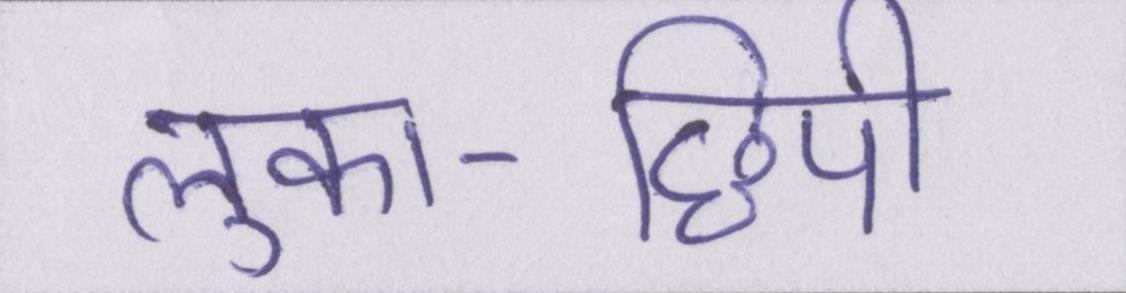
लुका-छिपी